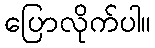
ပြောလိုက်ပါ။